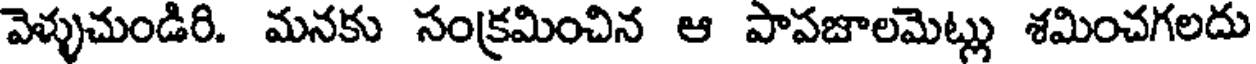
వెళ్ళుచుండిరి. మనకు సంక్రమించిన ఆ పాపజాలమెట్లు శమించగలదు